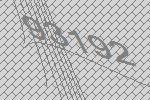
93192